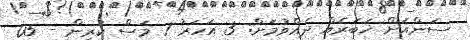
ސަންއަށް ޚަބަރެއް ދެއްވުމަށް: 3 އަހަރު 7 މަސް ކުރިން - 05